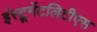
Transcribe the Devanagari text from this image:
इंस्ट्रूमेंटलिटीएस